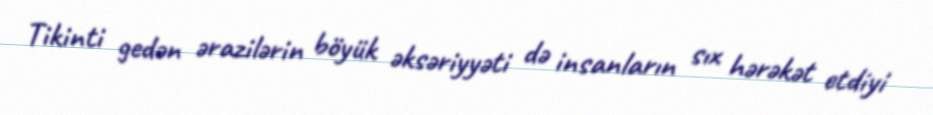
Tikinti gedən ərazilərin böyük əksəriyyəti də insanların sıx hərəkət etdiyi